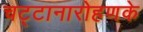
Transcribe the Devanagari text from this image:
चट्टानारोहणके